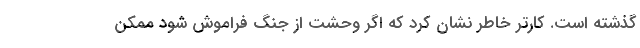
گذشته است. کارتر خاطر نشان کرد که اگر وحشت از جنگ فراموش شود ممکن